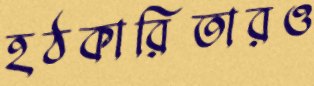
হঠকারিতারও